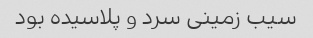
سیب زمینی سرد و پلاسیده بود